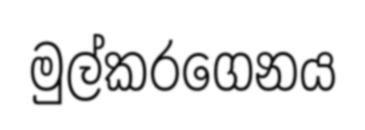
මුල්කරගෙනය